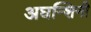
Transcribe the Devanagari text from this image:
अघन्शिनी